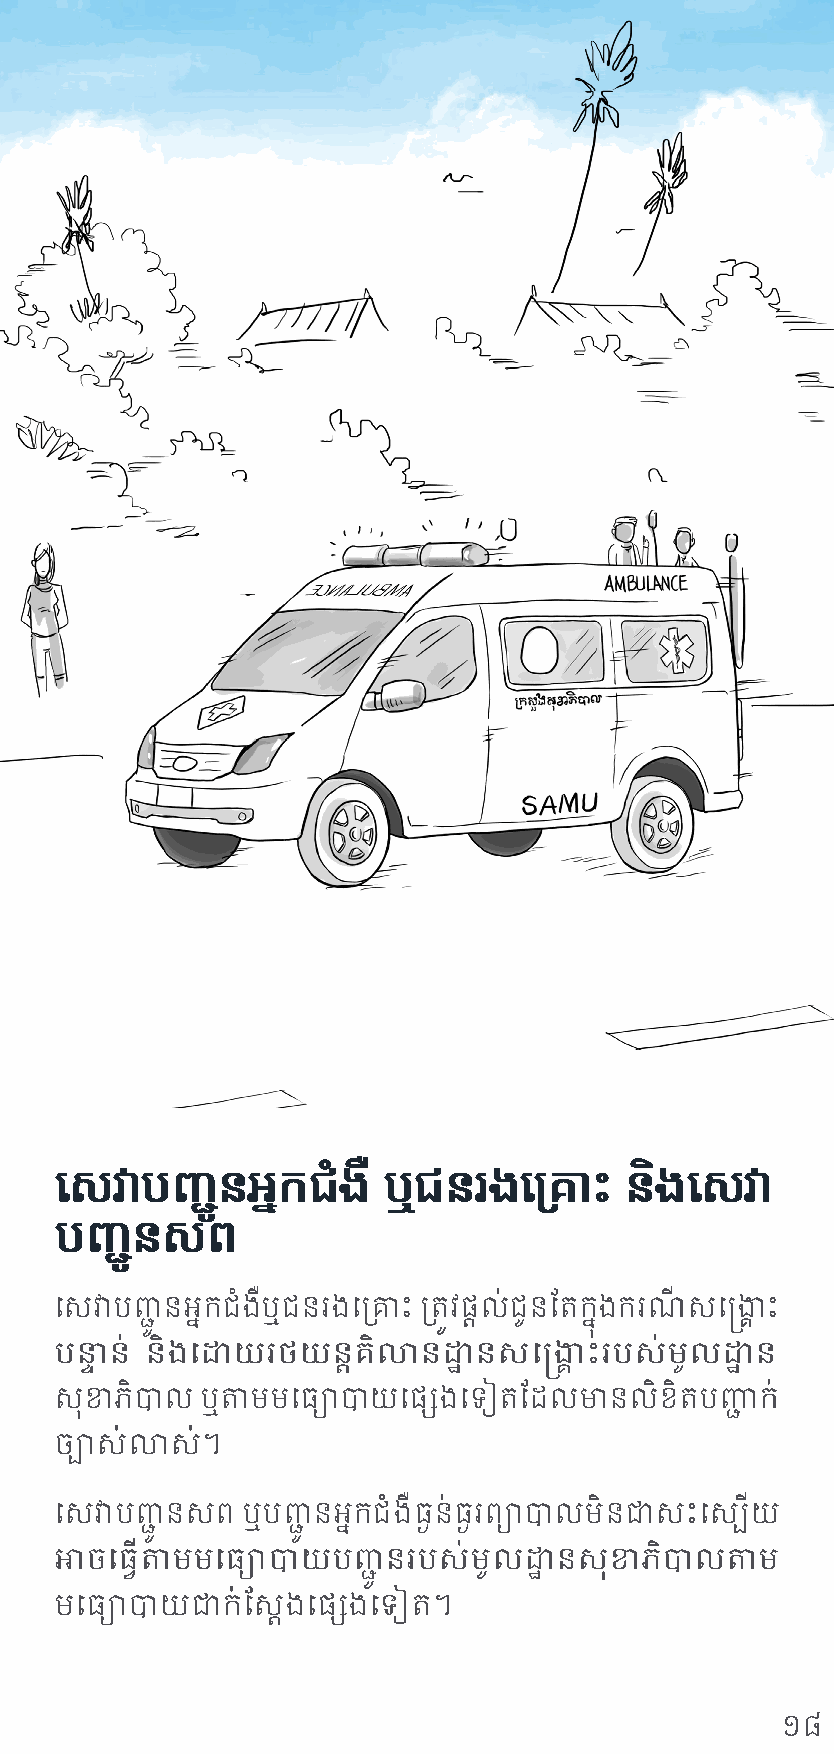
យសវាបញ្តូនអ្នកជំងឺ   ឬជនរងយម្រាឹះ    និងយសវា
 បញ្តូនសព
 សេវាបញ្ជនអនែកជំងឺឬជនរងសប្រោះ ប្តរូេ្តាល់ជូនថតកនែងករណី េស្គ្រ ោះ
 ូ                             នុ
 បន្ទា ន់ និងសោយរែយន្តា ិលានោ្ឋ នេស្គ្រ ោះរបេ់មូលោ្ឋ ន
 េនុខាភិបាល ឬតាមមសធយាបាយស្សេងសទៀតថដលមានលិខិតបញ្្ជ ក់
 ចបាេ់លាេ់។
 សេវាបញ្ជ នេព្ ឬបញ្ជ នអនែកជំងឺធងៃន់ធងៃរព្យាបាលមិនជាេោះ សេ្បើយ
 ូ         ូ
 អាច សធើ្តាមមសធយាបាយបញ្ជនរបេ់មូលោ្ឋ នេនុខាភិបាល តាម
 ូ
 មសធយាបាយ ជាក់ថេងតា ស្សេងសទៀត។
 ១៨